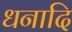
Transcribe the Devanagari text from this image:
धनादि